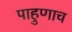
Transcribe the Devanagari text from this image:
पाहुणाच